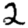
Digit: 2